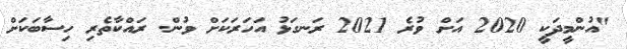
"އުންމީދަކީ 2020 އަށް ވުރެ 2021 ރަނގަޅު އަހަރަކަށް ވުން. ރައްކާތެރި ހިސާބަކަށް